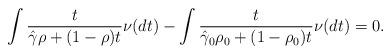
LaTeX: \begin{align*}\int \frac{t}{\hat\gamma\rho+(1-\rho)t}\nu(dt) - \int\frac{t}{\hat\gamma_0\rho_0+(1-\rho_0)t}\nu(dt) &=0.\end{align*}